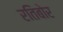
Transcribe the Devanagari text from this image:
रतिबोर